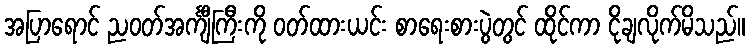
အပြာရောင် ညဝတ်အင်္ကျီကြီးကို ဝတ်ထားယင်း စာရေးစားပွဲတွင် ထိုင်ကာ ငိုချလိုက်မိသည်။